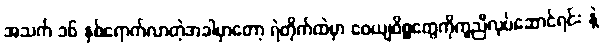
အသက် ၁၆ နှစ်ရောက်လာတဲ့အခါမှာတော့ ရဲတိုက်ထဲမှာ ဝေယျဝိစ္စတွေကိုကူညီလုပ်ဆောင်ရင်း နဲ့